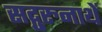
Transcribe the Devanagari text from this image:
सद्गुरुनाथें